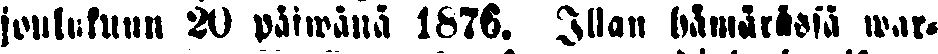
joulukuun 20 päiwänä 1876. Illan hämärässä war-